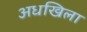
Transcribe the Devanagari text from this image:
अधखिला